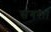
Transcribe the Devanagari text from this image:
संगरा।